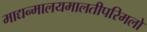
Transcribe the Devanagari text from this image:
माद्यन्मालयमालतीपरिमलो